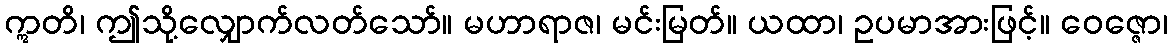
ဣတိ၊ ဤသို့လျှောက်လတ်သော်။ မဟာရာဇ၊ မင်းမြတ်။ ယထာ၊ ဥပမာအားဖြင့်။ ဝေဇ္ဇော၊